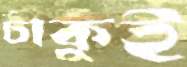
চাকুই